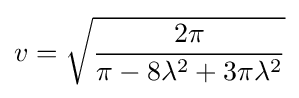
v={\sqrt {\frac {2\pi }{\pi -8\lambda ^{2}+3\pi \lambda ^{2}}}}